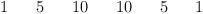
LaTeX: \begin{align*}\begin{array}{ccccccccccccccccc}&&&1&&5&&10&&10&&5&&1&&&\\\end{array}\end{align*}